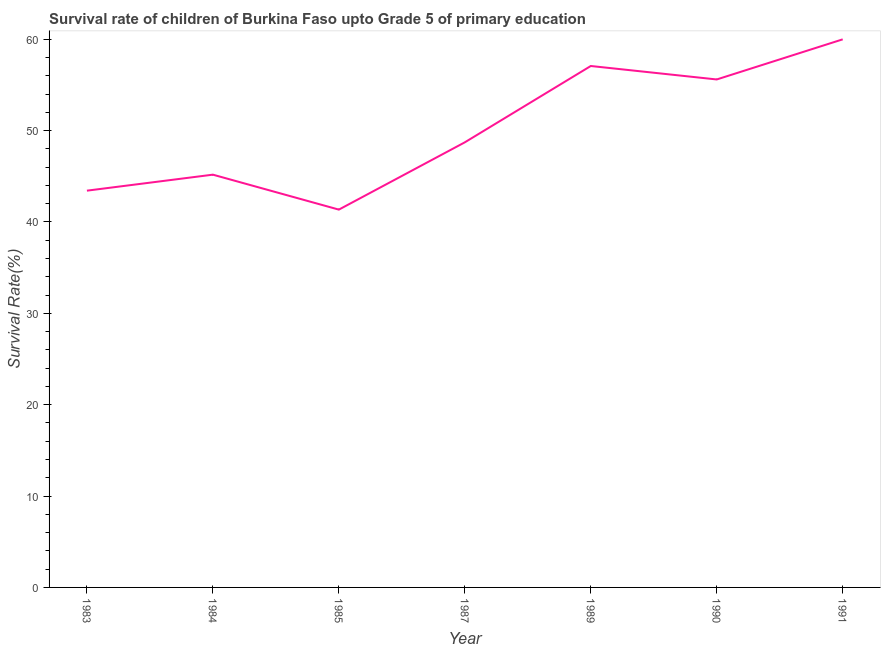
| Year | Survival rate |
 | --- | --- |
 | 1983 | 43.4 |
 | 1984 | 45.2 |
 | 1985 | 41.4 |
 | 1987 | 48.7 |
 | 1989 | 57.1 |
 | 1990 | 55.6 |
 | 1991 | 60 |